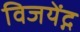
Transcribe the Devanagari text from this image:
विजयेंद्ग